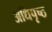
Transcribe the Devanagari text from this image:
अधिपृष्ठ